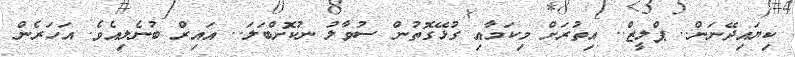
ކިޔައިދޭނަން.. ޕްލީޒް.. އިތުރަށް މިކަމާއި ގުޅޭގޮތުން ސުވާލު ނުކޮށްބަލަ.. އައިރް ބުނެލިއެވެ. އަހަރެން